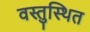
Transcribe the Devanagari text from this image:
वस्तुस्थित